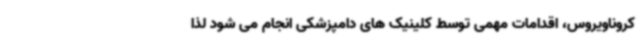
کروناویروس، اقدامات مهمی توسط کلینیک های دامپزشکی انجام می شود لذا